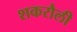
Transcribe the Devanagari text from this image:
शकरौली